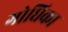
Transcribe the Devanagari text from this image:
गोधिका